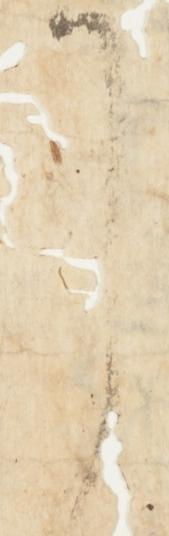
了